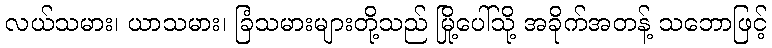
လယ်သမား၊ ယာသမား၊ ခြံသမားများတို့သည် မြို့ပေါ်သို့ အခိုက်အတန့် သဘောဖြင့်